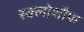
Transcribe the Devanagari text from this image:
स्क्लोशौफ